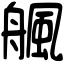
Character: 䑺